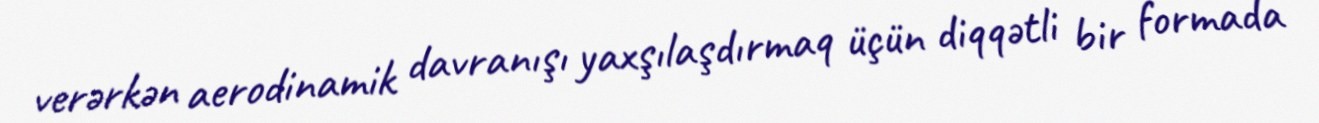
verərkən aerodinamik davranışı yaxşılaşdırmaq üçün diqqətli bir formada